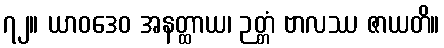
၇၂။ ယာဝဒေဝ အနတ္ထာယ၊ ဉတ္တံ ဗာလဿ ဇာယတိ။